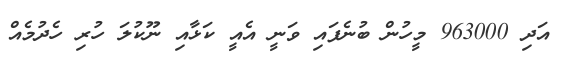
އަދި 963000 މީހުން ބުނެފައި ވަނީ އެއީ ކަޅާއި ނޫކުލަ ހުރި ހެދުމެއް